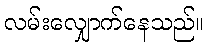
လမ်းလျှောက်နေသည်။